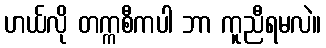
ဟယ်လို တက္ကစီကပါ ဘာ ကူညီရမလဲ။